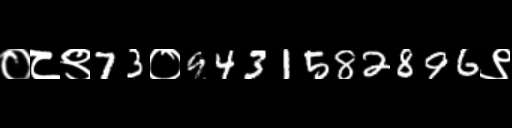
Text: ०८९73०9431582896९